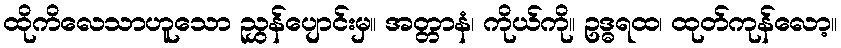
ထိုကိလေသာဟူသော ညွှန်ပျောင်းမှ။ အတ္တာနံ၊ ကိုယ်ကို။ ဥဒ္ဓရထ၊ ထုတ်ကုန်လော့။